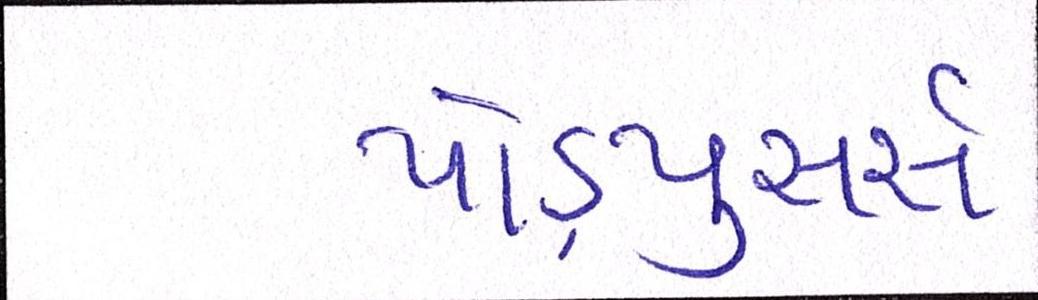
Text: પ્રોડ્યુસર્સ